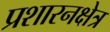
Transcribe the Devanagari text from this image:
प्रशारनक्षेत्र